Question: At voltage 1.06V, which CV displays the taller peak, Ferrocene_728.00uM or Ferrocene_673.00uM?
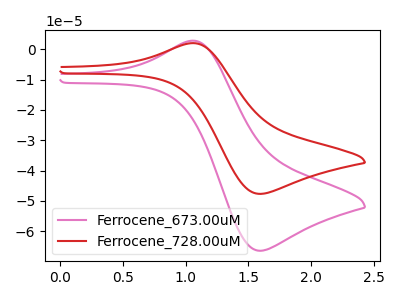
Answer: <think>The pink curve "Ferrocene_673.00uM" has an anodic peak at (1.05V, 2.85uA) and a cathodic peak at (1.60V, -66.45uA). The red curve "Ferrocene_728.00uM" has an anodic peak at (1.05V, 2.05uA) and a cathodic peak at (1.60V, -47.65uA).</think>
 <answer>The peak at 1.06V is lower in "Ferrocene_728.00uM" than in "Ferrocene_673.00uM".</answer>
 <eval>lower</eval>